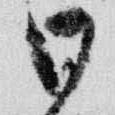
日